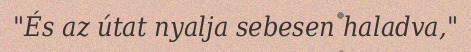
"És az útat nyalja sebesen haladva,"